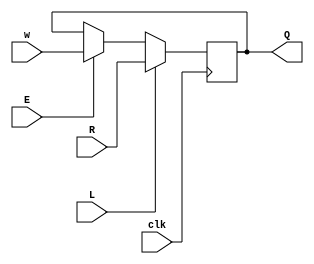
module top_module (
    input clk,
    input w, R, E, L,
    output Q
);
    always@(posedge clk)begin
        if(L) Q <= R;
        else if(E==1'b1) Q <= w;
        else if(E ==1'b0) Q <= Q;
        else Q <= Q;
                
    end

endmodule